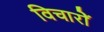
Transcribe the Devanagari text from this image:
विचारोें